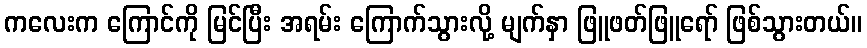
ကလေးက ကြောင်ကို မြင်ပြီး အရမ်း ကြောက်သွားလို့ မျက်နှာ ဖြူဖတ်ဖြူရော် ဖြစ်သွားတယ်။